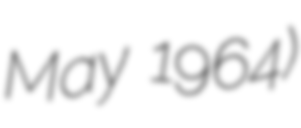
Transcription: May 1964)